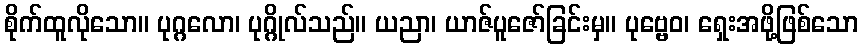
စိုက်ထူလိုသော။ ပုဂ္ဂလော၊ ပုဂ္ဂိုလ်သည်။ ယညာ၊ ယာဇ်ပူဇော်ခြင်းမှ။ ပုဗ္ဗေဝ၊ ရှေးအဖို့ဖြစ်သော